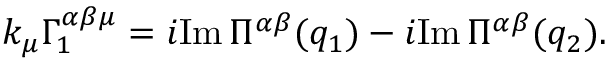
k _ { \mu } \Gamma _ { 1 } ^ { \alpha \beta \mu } = i \mathrm { I m } \, \Pi ^ { \alpha \beta } ( q _ { 1 } ) - i \mathrm { I m } \, \Pi ^ { \alpha \beta } ( q _ { 2 } ) .